Civil Veterinary Department Bengal reports 1923-33 - 1923-1933
Year: 1923
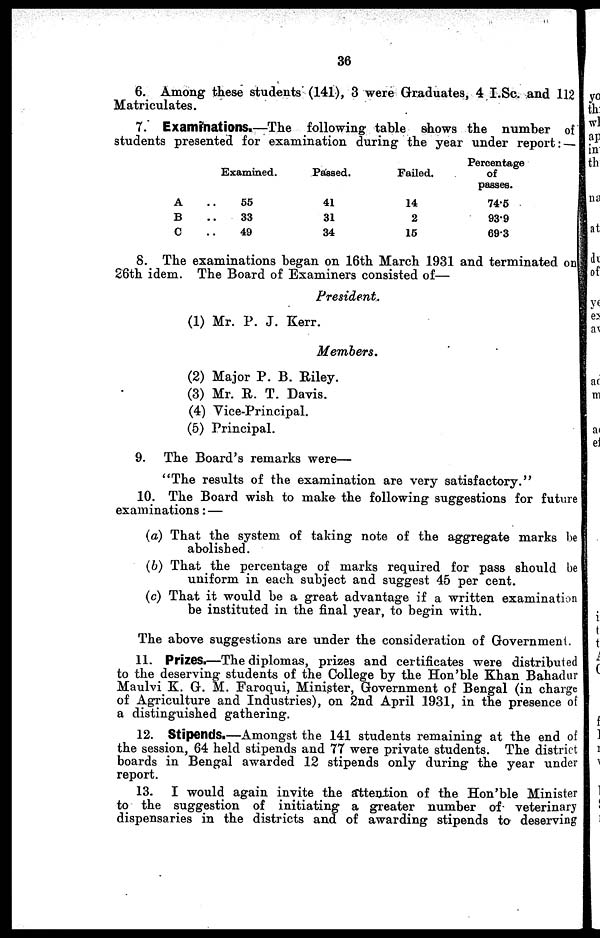
36
6. Among these students (141), 3 were Graduates, 4 I.Sc. and 112
Matriculates.
7. Examinations.—The following table shows the number of
students presented for examination during the year under report: —
A ..
B ..
C ..
Examined.
55
33
49
Passed.
41
31
34
Failed.
14
2
15
Percentage
of
passes.
74.5
93.9
69.3
8. The examinations began on 16th March 1931 and terminated on
26th idem. The Board of Examiners consisted of—
President.
(1) Mr. P. J. Kerr.
Members.
(2) Major P. B. Riley.
(3) Mr. R. T. Davis.
(4) Vice-Principal.
(5) Principal.
9. The Board's remarks were—
"The results of the examination are very satisfactory."
10. The Board wish to make the following suggestions for future
examinations: —
(a) That the system of taking note of the aggregate marks be
abolished.
(6) That the percentage of marks required for pass should be
uniform in each subject and suggest 45 per cent.
(c) That it would be a great advantage if a written examination
be instituted in the final year, to begin with.
The above suggestions are under the consideration of Government.
11. Prizes.—The diplomas, prizes and certificates were distributed
to the deserving students of the College by the Hon'ble Khan Bahadur
Maulvi K. G. M. Faroqui, Minister, Government of Bengal (in charge
of Agriculture and Industries), on 2nd April 1931, in the presence of
a distinguished gathering.
12. Stipends.—Amongst the 141 students remaining at the end of
the session, 64 held stipends and 77 were private students. The district
boards in Bengal awarded 12 stipends only during the year under
report.
13. I would again invite the attention of the Hon'ble Minister
to the suggestion of initiating a greater number of veterinary
dispensaries in the districts and of awarding stipends to deserving